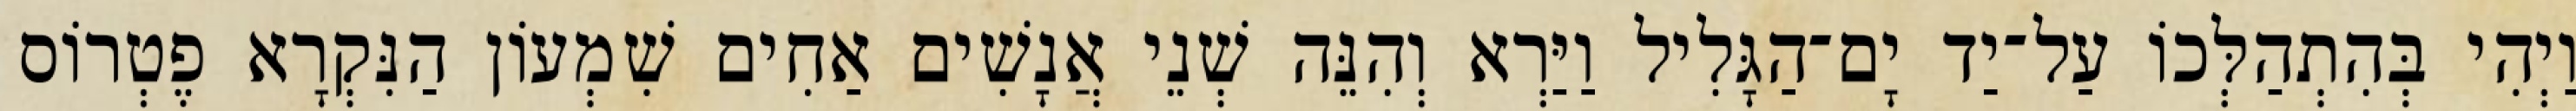
וַיְהִי בְּהִתְהַלְּכוֹ עַל־יַד יָם־הַגָּלִיל וַיַּרְא וְהִנֵּה שְׁנֵי אֲנָשִׁים אַחִים שִׁמְעוֹן הַנִּקְרָא פֶטְרוֹס